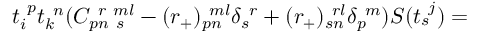
t _ { i } ^ { ~ p } t _ { k } ^ { ~ n } ( C _ { p n ~ s } ^ { ~ r ~ m l } - ( r _ { + } ) _ { p n } ^ { ~ m l } \delta _ { s } ^ { ~ r } + ( r _ { + } ) _ { s n } ^ { ~ r l } \delta _ { p } ^ { ~ m } ) S ( t _ { s } ^ { ~ j } ) =